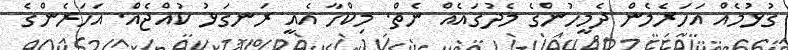
ގުޅުމެއް އަހަރެމެން ދެމީހުންގެ މެދުގައެއް ނެތް. މިކްހާ އެއީ ރަނގަޅު ކުއްޖެއް. އަހަރެންގެ